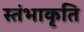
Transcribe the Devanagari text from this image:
स्तंभाकृति